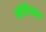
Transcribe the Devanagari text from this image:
काॅलॆजच्या